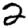
Digit: 2